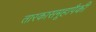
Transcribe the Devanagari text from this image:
तारकासमूहापैकी